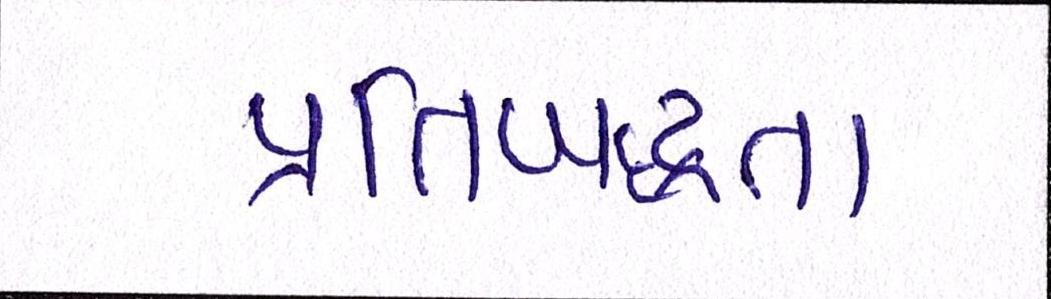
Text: પ્રતિબદ્ધતા